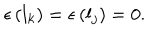
LaTeX: \epsilon \left( l _ { k } \right) = \epsilon \left( l _ { j } \right) = 0 .